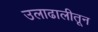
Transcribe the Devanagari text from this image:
उलाढालीतून